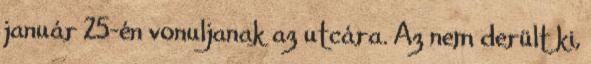
január 25-én vonuljanak az utcára. Az nem derült ki,